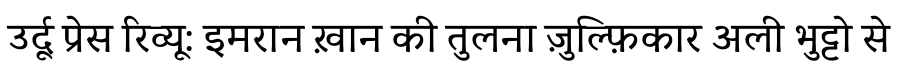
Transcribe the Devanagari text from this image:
उर्दू प्रेस रिव्यू: इमरान ख़ान की तुलना ज़ुल्फ़िकार अली भुट्टो से